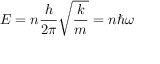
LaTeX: E = n { \frac { h } { 2 \pi } } { \sqrt { \frac { k } { m } } } = n \hbar \omega